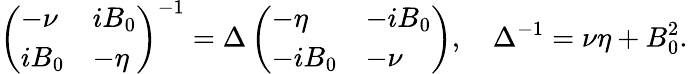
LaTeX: \left(\begin{array}{ll}{-\nu}&{iB_{0}}\\ {iB_{0}}&{-\eta}\end{array}\right)^{-1}=\Delta\left(\begin{array}{ll}{-\eta}&{-iB_{0}}\\ {-iB_{0}}&{-\nu}\end{array}\right),\quad\Delta^{-1}=\nu\eta+B_{0}^{2}.